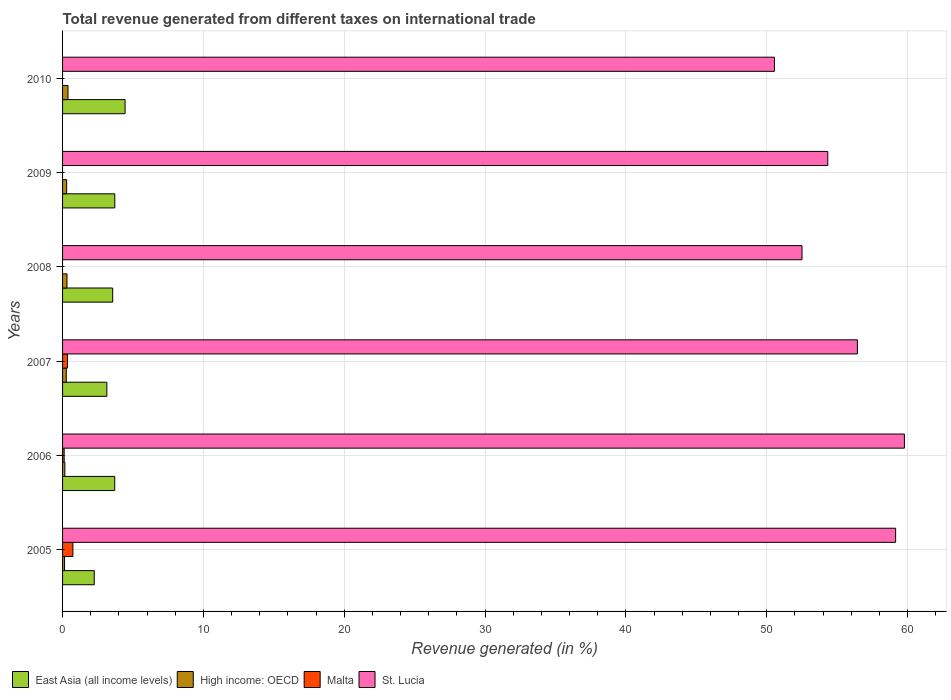
| Years | East Asia (all income levels) | High income: OECD | Malta | St. Lucia |
 | --- | --- | --- | --- | --- |
 | 2005 | 2.25 | 0.14 | 0.733 | 59.1 |
 | 2006 | 3.7 | 0.163 | 0.113 | 59.8 |
 | 2007 | 3.14 | 0.264 | 0.351 | 56.4 |
 | 2008 | 3.56 | 0.314 | -0.0751 | 52.5 |
 | 2009 | 3.71 | 0.29 | -0.0373 | 54.3 |
 | 2010 | 4.44 | 0.386 | -0.065 | 50.5 |